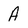
Character: A